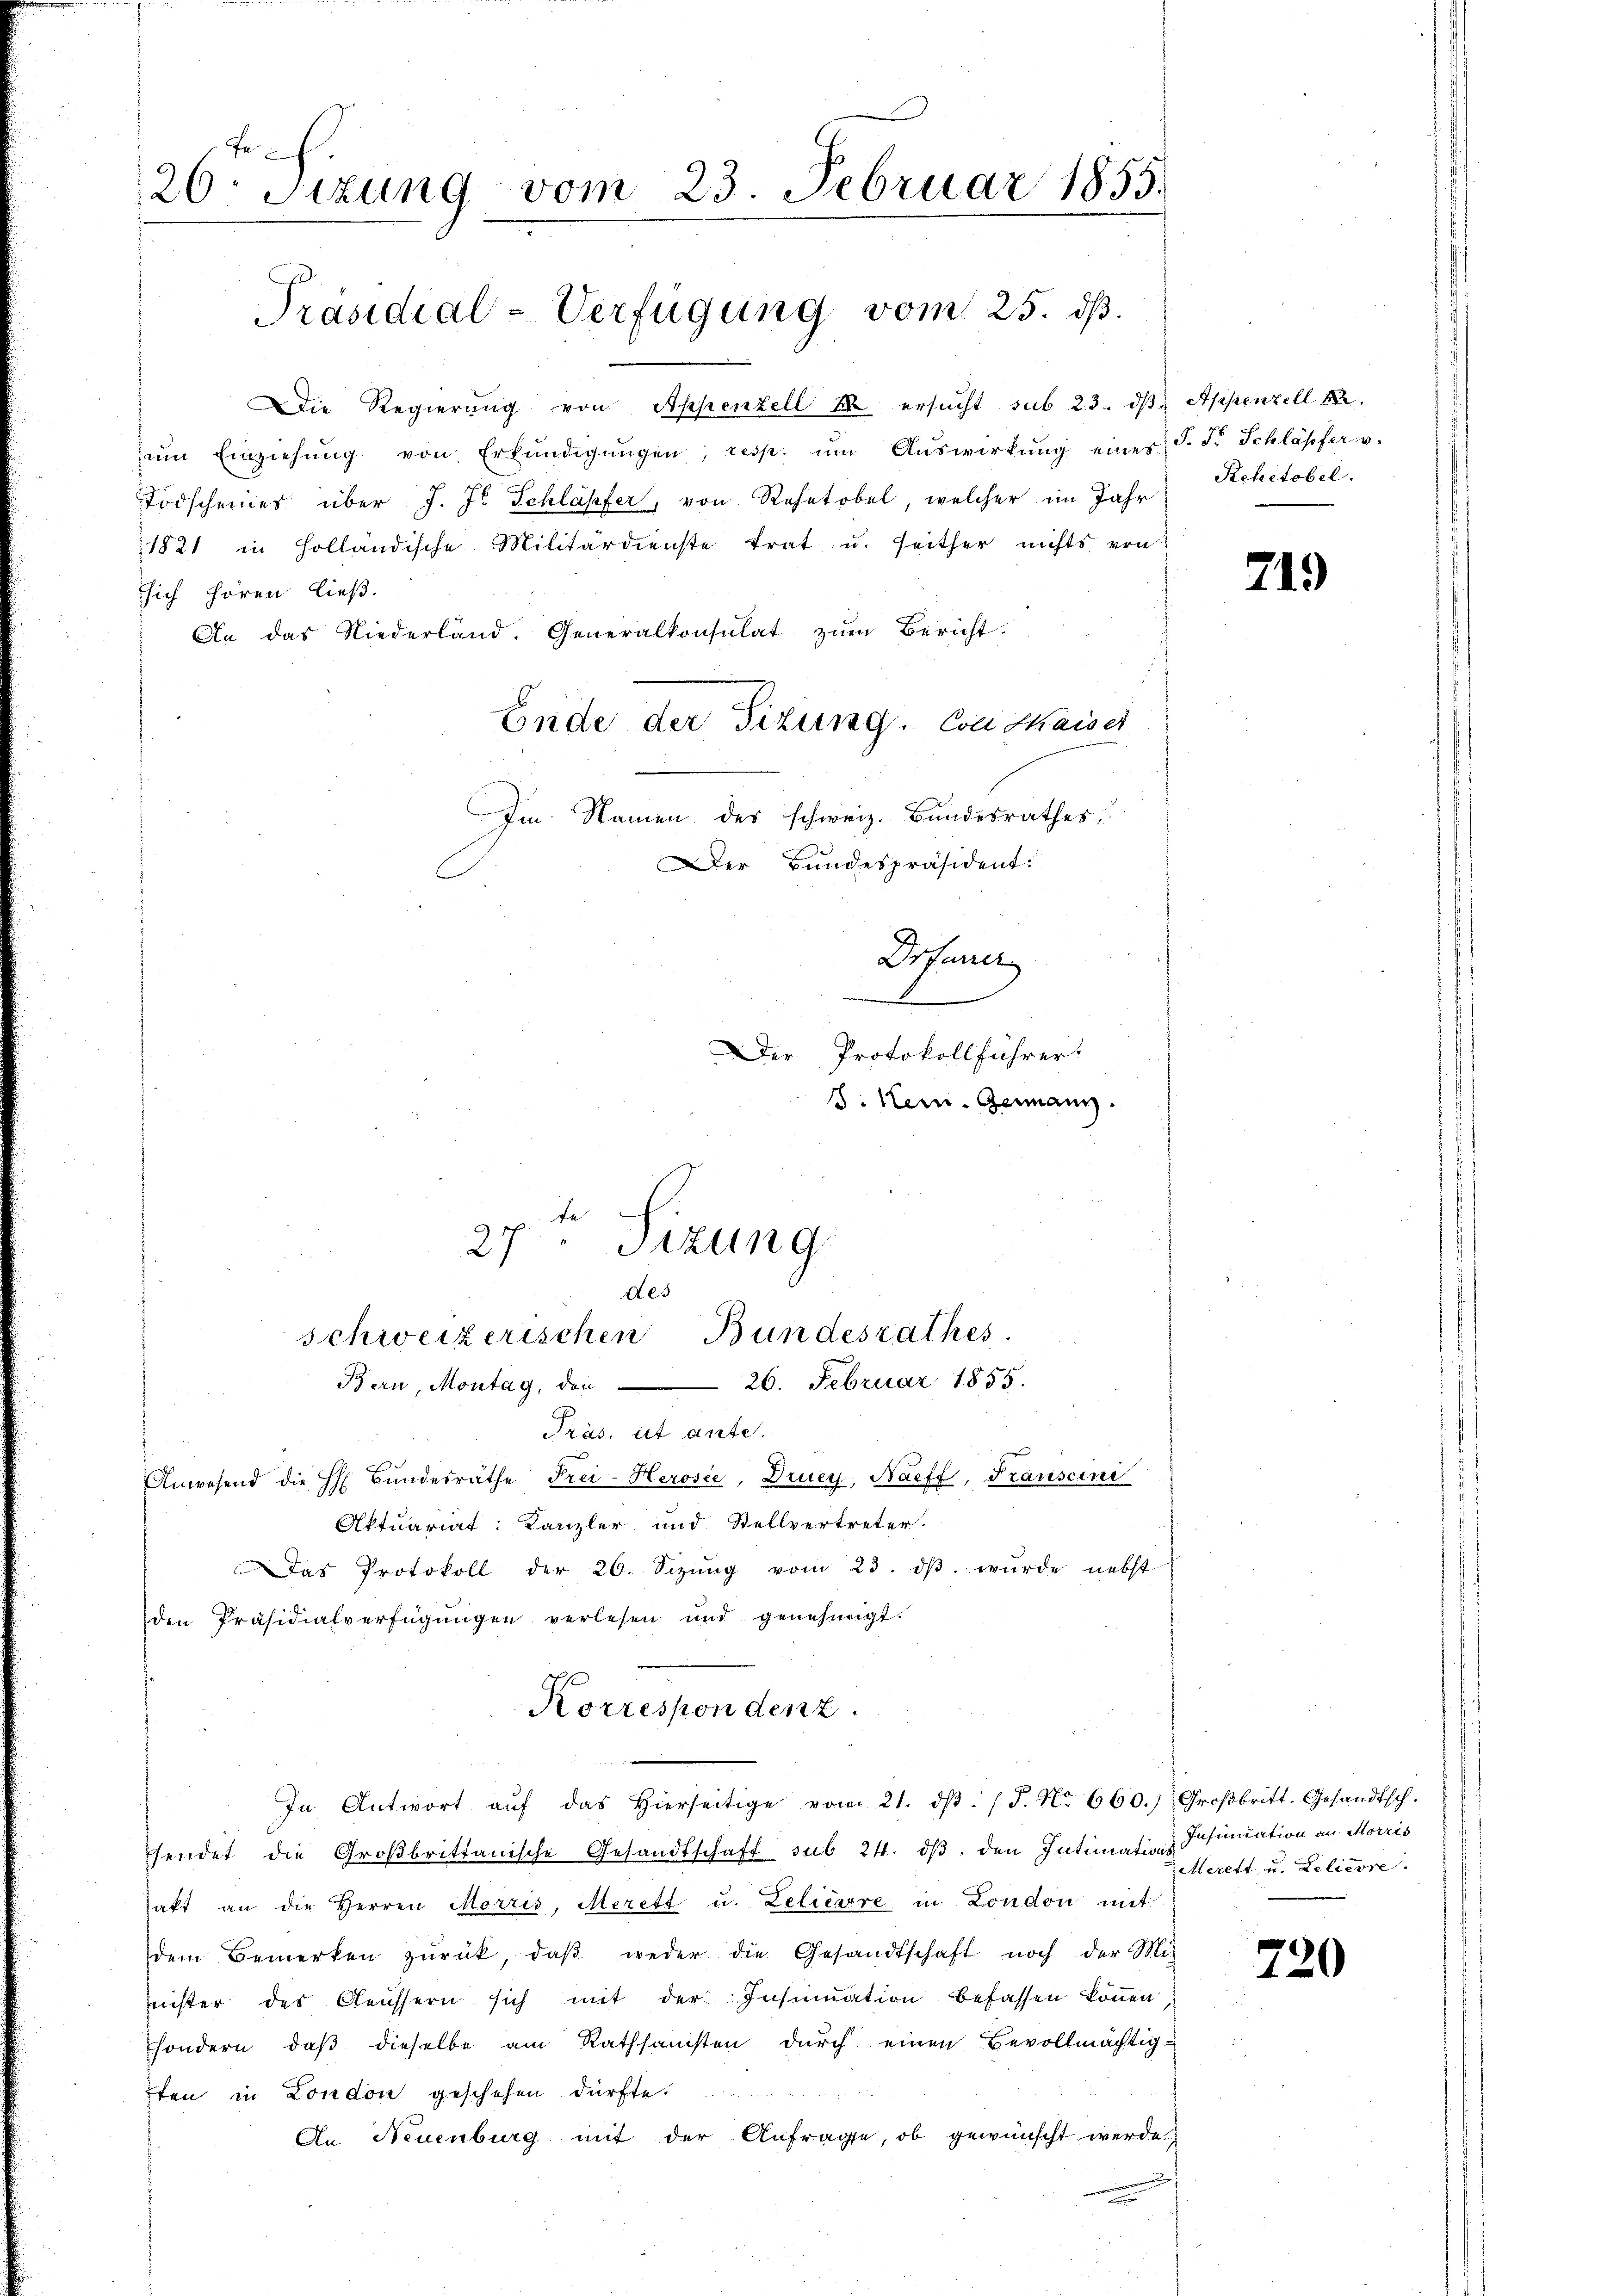
26. Sitzung vom 23. Februar 1855.
Präsidial-Verfügung vom 25. ds.

Die Regierung von Appenzell M. ersucht sub 23. dβ Appenzell A.
zŭm Einziehŭng von Erkŭndigŭngen, resp. ŭm Aŭswirkŭng eines J. F. Schläpfer v.
Todscheines über J. J. Schläpfer, von Rehetobel, welcher im Jahr
1821 in Holländische Militärdienste trat u. seither nichts von
ssich hören ließ.
An das Niederland. Generalkonsulat zŭm Bericht.
Ende der Situng. Con Maiser

des
schweizerischen Bundesrathes
Bern, Montag, den 26. Februar 1855.

Präs. ut ante.
Anwesend die h. Bŭndesräthe Frei-Herosée, Drucy, Naeff, Franscini
sendet die Großbrittanische Gesandtschaft sub 24. dβ. den Intimation Infundation an Morris
hakt an die Herren Morris, Merett u. Lelierrre in London mit
dem Bemerken zŭrück, daβ weder die Gesandtschaft noch der Mit-
nister des Aeussern sich mit der Insinuation befassen können
sondern, daß dieselbe am Rathsamsten durch einen Bevollmächtig-
ten in London geschehen dürfte.
An Neuenburg mit der Anfrage, ob gewünscht werde.

Im Namen des schweiz. Bundesrathes,
Der Bundespräsident:
Drfener
Der Protokollführer
J. Kein. Germann.
t

2) Sizung

Aktuariat: Kanzler und Stellvertreter.
Das Protokoll der 20. Sizŭng vom 23. dβ. wurde nebst

den Präsidialverfügungen verlesen und genehmigt.
Korrespondenz.
In Antwort aŭf das hierseitige vom 21. dβ. (T. No. 660.) Großbritt. Gesandtsch.

Rehetobel.

219

Merett u. Leliere.

720